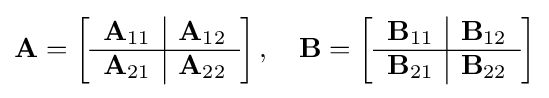
\mathbf {A} =\left[{\begin{array}{c | c}\mathbf {A} _{11}&\mathbf {A} _{12}\\\hline \mathbf {A} _{21}&\mathbf {A} _{22}\end{array}}\right],\quad \mathbf {B} =\left[{\begin{array}{c | c}\mathbf {B} _{11}&\mathbf {B} _{12}\\\hline \mathbf {B} _{21}&\mathbf {B} _{22}\end{array}}\right]